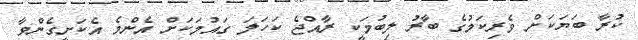
ކުރާ ބަޔަކަށް ވެރިކަމުގެ ބާރު ލިބުމަކީ ރާއްޖެ ކަހަލަ ގައުމަކަށް އެންމެ އެކަށީގެންވާ